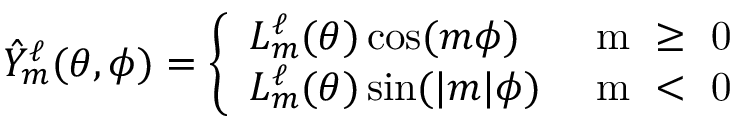
\begin{array} { r } { \hat { Y } _ { m } ^ { \ell } ( \theta , \phi ) = \left\{ \begin{array} { l l } { L _ { m } ^ { \ell } ( \theta ) \cos ( m \phi ) } & { \mathrm { ~ m ~ \geq ~ 0 ~ } } \\ { L _ { m } ^ { \ell } ( \theta ) \sin ( \vert m \vert \phi ) } & { \mathrm { ~ m ~ < ~ 0 ~ } } \end{array} \right. } \end{array}